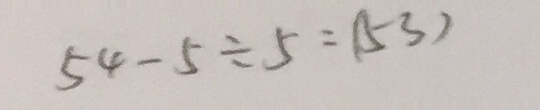
5 4 - 5 \div 5 = ( 5 3 )